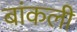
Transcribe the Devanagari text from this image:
बांकली